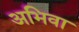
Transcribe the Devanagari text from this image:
अभिवा